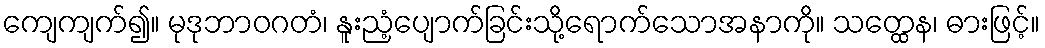
ကျေကျက်၍။ မုဒုဘာဝဂတံ၊ နူးညံ့ပျောက်ခြင်းသို့ရောက်သောအနာကို။ သတ္ထေန၊ ဓားဖြင့်။